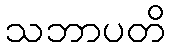
သဘာပတိ